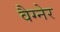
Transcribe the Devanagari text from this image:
वैग्नेर